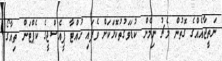
ނަތީޖާއެއްގެ ގޮތުން މެޗު ނިމެން ކުޑަވަގުތުކޮޅަކަށް ވެފައި ހުއްޓާ ޕީއެސްޖީގެ ކެޕްޓަން ތިއާގޯ